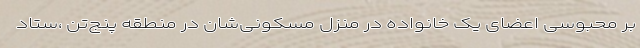
بر محبوسی اعضای یک خانواده در منزل مسکونی‌شان در منطقه پنج‌تن ،ستاد